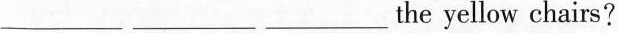
___ ___ ___ the yellow chairs?